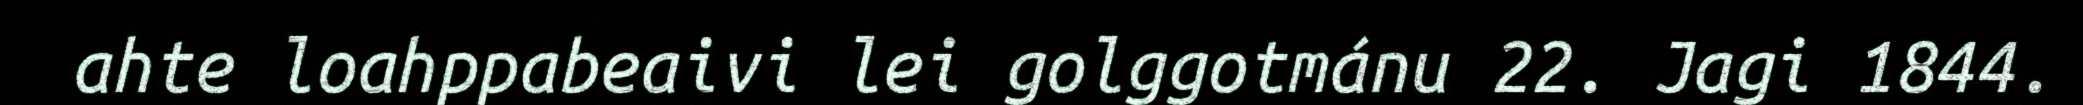
ahte loahppabeaivi lei golggotmánu 22. Jagi 1844.